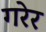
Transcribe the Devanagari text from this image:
गरेर